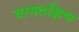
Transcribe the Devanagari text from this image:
वामदक्षिण